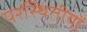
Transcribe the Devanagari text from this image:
परस्थितीयों